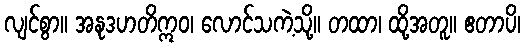
လျင်စွာ။ အနုဒဟတိဣဝ၊ လောင်သကဲ့သို့။ တထာ၊ ထို့အတူ။ ဧတာပိ၊